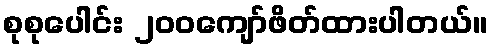
စုစုပေါင်း ၂၀၀ကျော်ဖိတ်ထားပါတယ်။